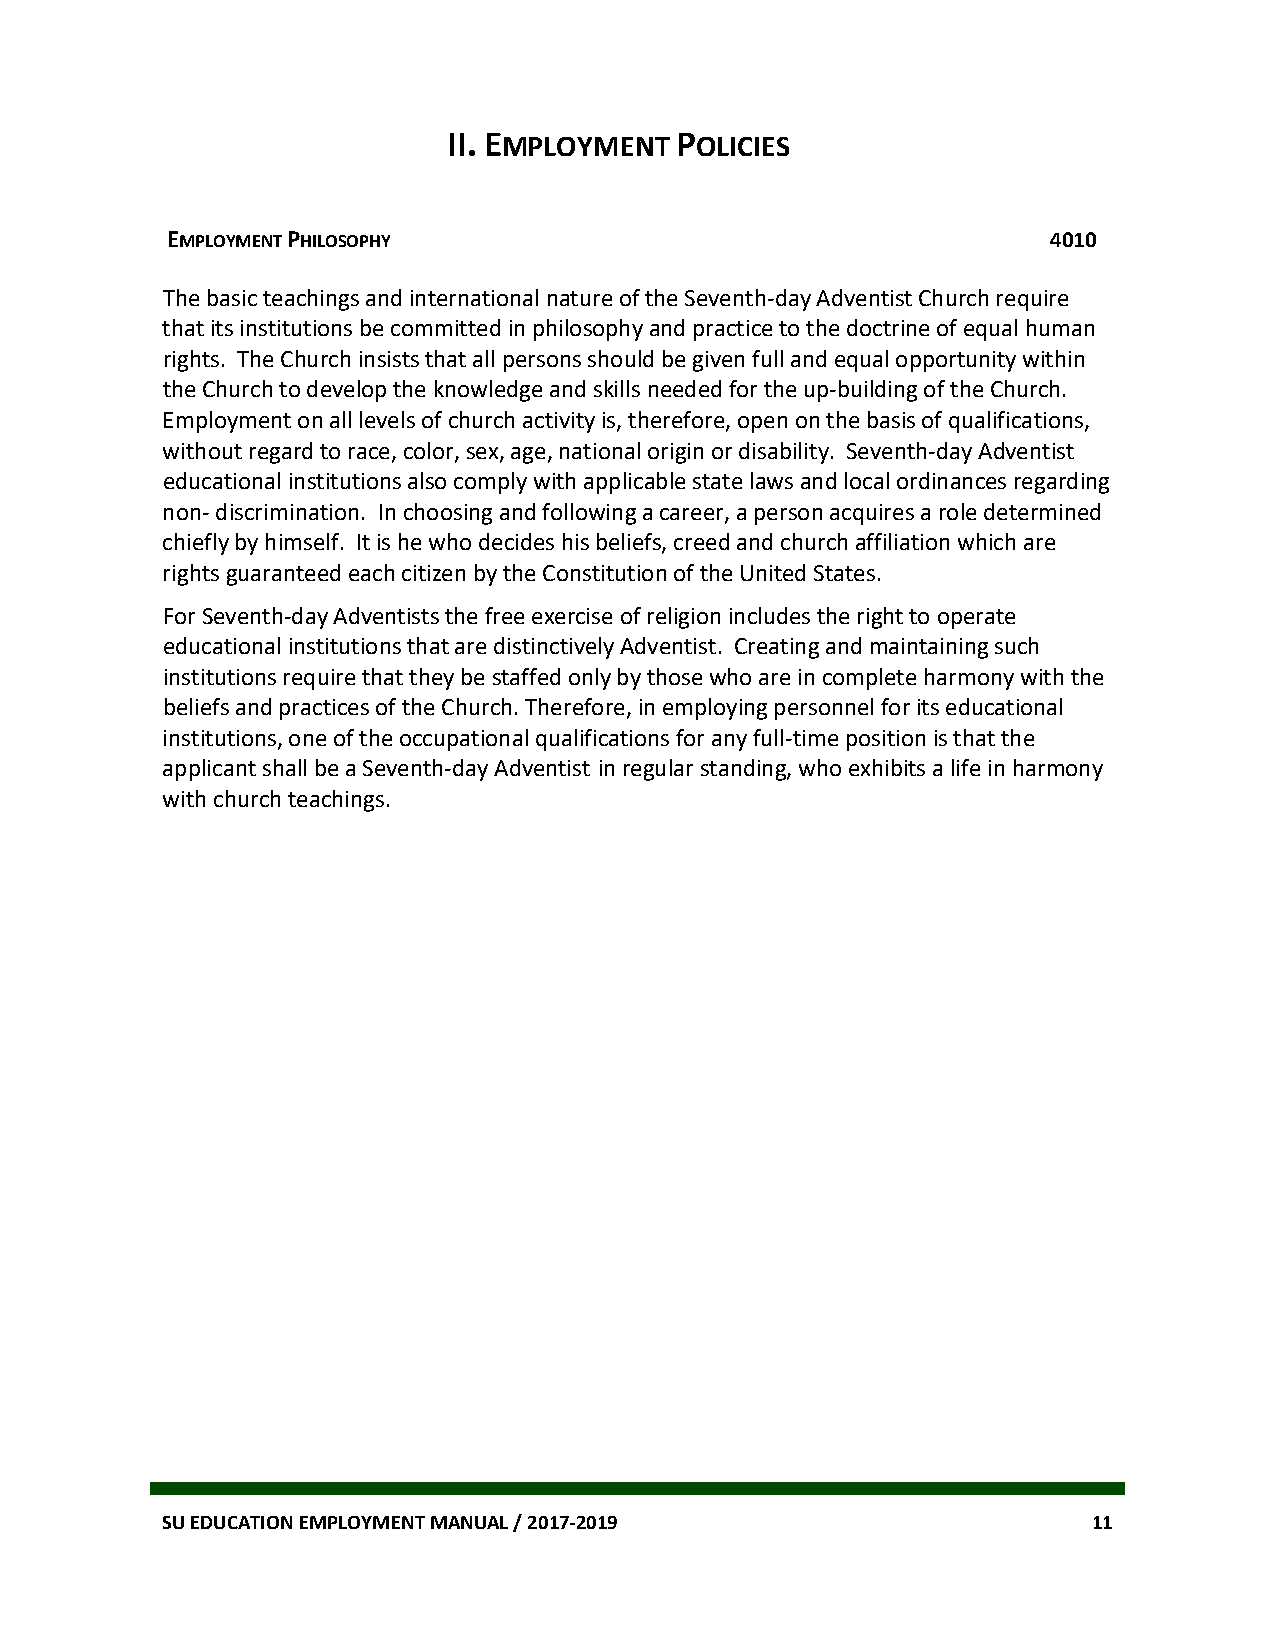
II. EMPLOYMENT POLICIES
 EMPLOYMENT PHILOSOPHY                                      4010
 The basic teachings and international nature of the Seventh-day Adventist Church require
 that its institutions be committed in philosophy and practice to the doctrine of equal human
 rights. The Church insists that all persons should be given full and equal opportunity within
 the Church to develop the knowledge and skills needed for the up-building of the Church.
 Employment on all levels of church activity is, therefore, open on the basis of qualifications,
 without regard to race, color, sex, age, national origin or disability. Seventh-day Adventist
 educational institutions also comply with applicable state laws and local ordinances regarding
 non- discrimination. In choosing and following a career, a person acquires a role determined
 chiefly by himself. It is he who decides his beliefs, creed and church affiliation which are
 rights guaranteed each citizen by the Constitution of the United States.
 For Seventh-day Adventists the free exercise of religion includes the right to operate
 educational institutions that are distinctively Adventist. Creating and maintaining such
 institutions require that they be staffed only by those who are in complete harmony with the
 beliefs and practices of the Church. Therefore, in employing personnel for its educational
 institutions, one of the occupational qualifications for any full-time position is that the
 applicant shall be a Seventh-day Adventist in regular standing, who exhibits a life in harmony
 with church teachings.
 SU EDUCATION EMPLOYMENT MANUAL / 2017-2019                   11